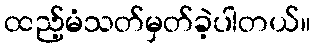
ထည့်မံသတ်မှတ်ခဲ့ပါတယ်။